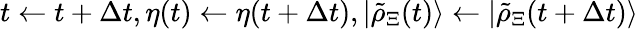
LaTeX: t\gets t+\Delta t,\eta(t)\gets\eta(t+\Delta t),|\tilde{\rho}_{\Xi}(t)\rangle\gets|\tilde{\rho}_{\Xi}(t+\Delta t)\rangle